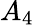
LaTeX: A_{4}